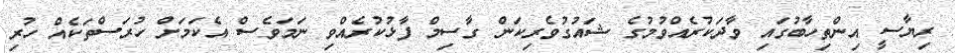
ރިޔާސީ އިންތިހާބުގައި ވާދަކުރެއްވުމުގެ ޝައުގުވެރިކަން ގާސިމް ފާޅުކުރެއްވި ނަމަވެސް އެކަމަށް ހުރަސްތަކެއް ހުރި